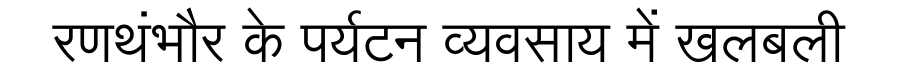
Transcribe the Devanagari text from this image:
रणथंभौर के पर्यटन व्यवसाय में खलबली